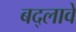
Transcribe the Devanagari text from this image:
बद्लावे